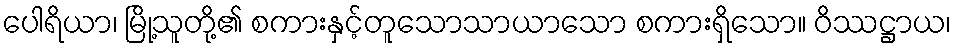
ပေါရိယာ၊ မြို့သူတို့၏ စကားနှင့်တူသောသာယာသော စကားရှိသော။ ဝိဿဋ္ဌာယ၊